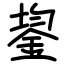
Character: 鋆